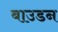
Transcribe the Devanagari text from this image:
बाउडन